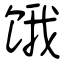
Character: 饿